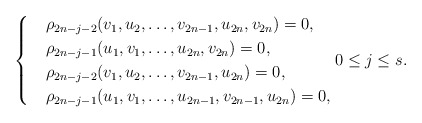
\begin{align*} \begin{cases} &\rho_{2n-j-2}(v_1,u_2,\ldots,v_{2n-1},u_{2n},v_{2n})=0,\\ &\rho_{2n-j-1}(u_1,v_1,\ldots,u_{2n},v_{2n})=0,\\ &\rho_{2n-j-2}(v_1,u_2,\ldots,v_{2n-1},u_{2n})=0,\\ &\rho_{2n-j-1}(u_1,v_1,\ldots,u_{2n-1},v_{2n-1},u_{2n})=0, \end{cases} 0\leq j\leq s. \end{align*}